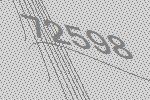
72598